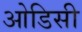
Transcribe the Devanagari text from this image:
आेडिसी